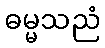
ဓမ္မသညံ